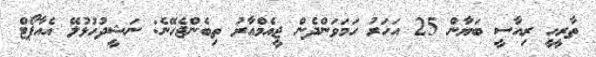
ތާރީހީ ރިއާސީ ބަޔާން 25 އަހަރު ހަމަވަންދެން ޖީއެމްއާރު ތިބެންޖެހޭނެ: ނަޝީދުހުޅުލޭ އެއާޕޯޓް